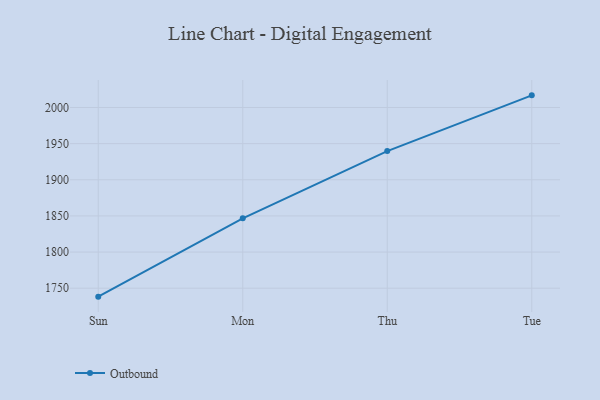
{"axis": {"x": "Day", "y": "LTV (USD)"}, "legend": ["Outbound"], "data": [{"x": "Sun", "y": 1738.3, "type": "Outbound"}, {"x": "Mon", "y": 1846.7, "type": "Outbound"}, {"x": "Thu", "y": 1939.7, "type": "Outbound"}, {"x": "Tue", "y": 2016.8, "type": "Outbound"}]}